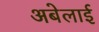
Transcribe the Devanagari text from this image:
अबेलाई